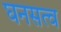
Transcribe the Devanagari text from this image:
घनसत्व